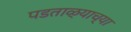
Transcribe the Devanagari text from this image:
पडताळ्याच्या